Sketch of the medical history of the native army of Bombay, for the year
Year: 1872
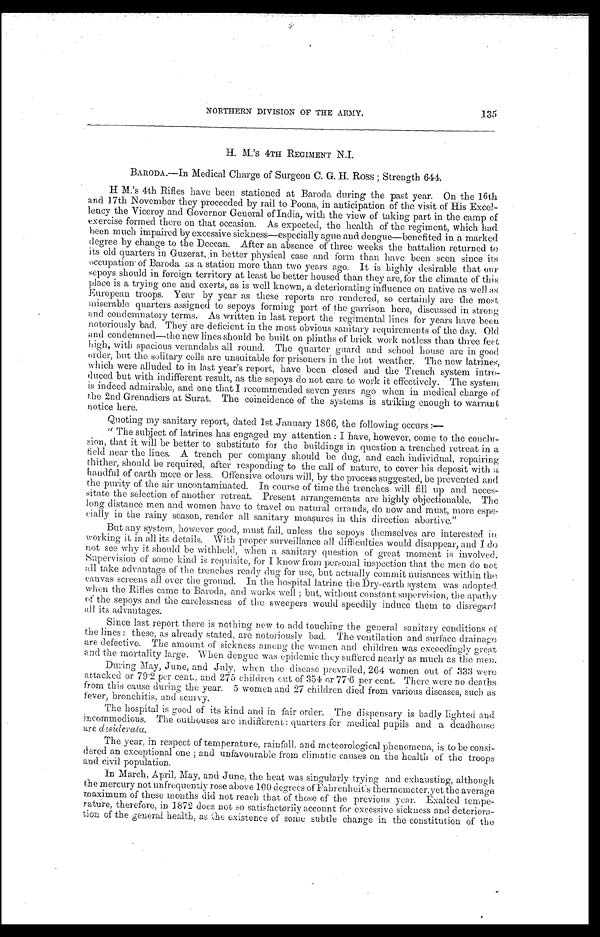
NORTHERN DIVISION OF THE ARMY.
H. M. 'S 4TH REGIMENT N.I.
BARODA.—In Medical Charge of Surgeon C. G. H. ROSS ; Strength 644.
H M.'s 4th Rifles have been stationed at Baroda during the past year. On the 16th
and 17th November they proceeded by rail to Poona, in anticipation of the visit of His Excel
lency the Viceroy and Governor General of India, with the view of taking part in the camp of
exercise formed there on that occasion. As expected, the health of the regiment, which had
been much impaired by excessive sickness—especially ague and dengue—benefited in a marked
degree by change to the Deccan. After an absence of three weeks the battalion returned to
its old quarters in Guzerat, in better physical case and form than have been seen since its
occupation of Baroda as a station more than two years ago. It is highly desirable that our
sepoys should in foreign territory at least be better housed than they are, for the climate of this
place is a trying one and exerts, as is well known, a deteriorating influence on native as well as
European troops. Year by year as these reports are rendered, so certainly are the most
miserable quarters assigned to sepoys forming part of the garrison here, discussed in strong
and condemnatory terms. As written in last report the regimental lines for years have been
notoriously bad. They are deficient in the most obvious sanitary requirements of the day. Old
and condemned—the new lines should be built on plinths of brick work notless than three feet
high, with spacious verandahs all round. The quarter guard and school house are in good
order, but the solitary cells are unsuitable for prisoners in the hot weather. The new latrines,
which were alluded to in last year's report, have been closed and the Trench system intro-
duced but with indifferent result, as the sepoys do not care to work it effectively. The system
is indeed admirable, and one that I recommended seven years ago when in medical charge of
the 2nd Grenadiers at Surat. The coincidence of the systems is striking enough to warrant
notice here.
Quoting my sanitary report, dated 1st January 1866, the following occurs :—
" The subject of latrines has engaged my attention : I have, however, come to the conclu-
sion, that it will be better to substitute for the buildings in question a trenched retreat in a
field near the lines. A trench per company should be dug, and each individual, repairing
thither,. should be required, after responding to the call of nature, to cover his deposit with a
handful of earth more or less. Offensive odours will, by the process suggested, be prevented and
the purity of the air uncontaminated. In course of time the trenches will fill up and neces-
sitate the selection of another retreat. Present arrangements are highly objectionable. The
long distance men and women have to travel on natural crrands, do now and must, more espe-
cially in the rainy season, render all sanitary measures in this direction abortive."
But any system, however good, must fail, unless the sepoys themselves are interested in
working it in all its details. With proper surveillance all difficulties would disappear, and I do
not see why it should be withheld, when a sanitary question of great moment is involved.
Supervision of some kind is requisite, for I know from personal inspection that the men do not
all take advantage of the trenches ready dug for use, but actually commit nuisances within the
canvas screens all over the ground. In the hospital latrine the Dry-earth system was adopted
when the Rifles came to Baroda, and works well ; but, without constant supervision, the apathy
of the sepoys and the carelessness of the sweepers would speedily induce them to disregard
all its advantages.
Since last report there is nothing new to add touching the general sanitary conditions of
the lines : these, as already stated, are notoriously bad. The ventilation and surface drainage
are defective. The amount of sickness among the women and children was exceedingly great
and the mortality large. When dengue was epidemic they suffered nearly as much as the men.
During May, June, and July, when the disease prevailed, 264 women out of 333 were
attacked or 79.
2 per cent.. and 275 children out of 354 or 77 .6 per cent. There were no deaths
from this cause during the year. 5 women and 27 children died from various diseases, such as
fever, bronchitis, and scurvy.
The hospital is good of its kind and in fair order. The dispensary is badly lighted and
incommodious. The outhouses are indifferent : quarters for medical pupils and a deadhouse
a r e
d e s i d e r a t a .
The year, in respect of temperature, rainfall and meteorological phenomena, is to be
considered an exceptional one ; and unfavourable from climatic causes on the health of the troops
and civil population.
In March, April, May, and June, the heat was singularly trying and exhausting, although
the mercury not unfrequently rose above 100 degrees of Fahrenheit's thermometer, yet the average
maximum of these months did not reach that of those of the previous year. Exalted tempe-
rature, therefore, in 1872 does not so satisfactorily account for excessive sickness and deteriora-
tion of the general health, as the existence of some subtle change in the constitution of the